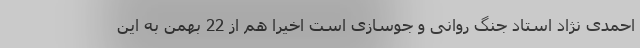
احمدی نژاد استاد جنگ روانی و جوسازی است اخیرا هم از 22 بهمن به این